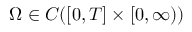
\Omega \in C ( [ 0 , T ] \times [ 0 , \infty ) )